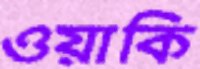
ওয়াকি